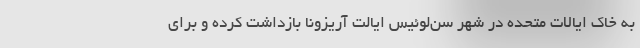
به خاک ایالات متحده در شهر سن‌لوئیس ایالت آریزونا بازداشت کرده و برای